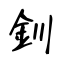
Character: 釧